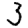
Digit: 3